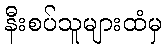
နီးစပ်သူများထံမှ